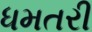
ધમતરી